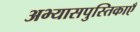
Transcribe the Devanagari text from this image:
अभ्यासपुस्तिकाएँ